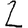
Digit: 2